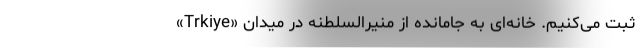
«Trkiye» ثبت می‌کنیم. خانه‌ای به جامانده از منیرالسلطنه در میدان